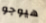
هيوجو